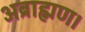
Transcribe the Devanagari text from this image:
अब्राह्मण।